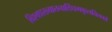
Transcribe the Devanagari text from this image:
विश्वप्रख्यातनाडिंधमकुलतिलको